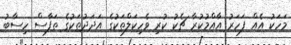
މަހަކު އެއް ފަހަރު އާއްމުކުރާ ޗެކު ކުރި ވެހިކަލްތަކުގެ އަދަދުތަކުގެ ތަފާސް ހިސާބު